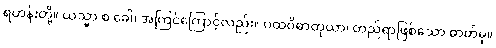
ရဟန်းတို့။ ယသ္မာ စ ခေါ၊ အကြင်ကြောင့်လည်း။ ပထဝိဓာတုယာ၊ တည်ရာဖြစ်သော ဓာတ်မှ။